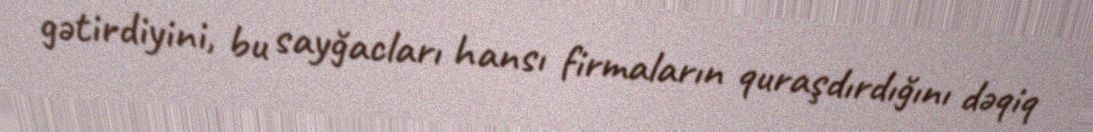
gətirdiyini, bu sayğacları hansı firmaların quraşdırdığını dəqiq